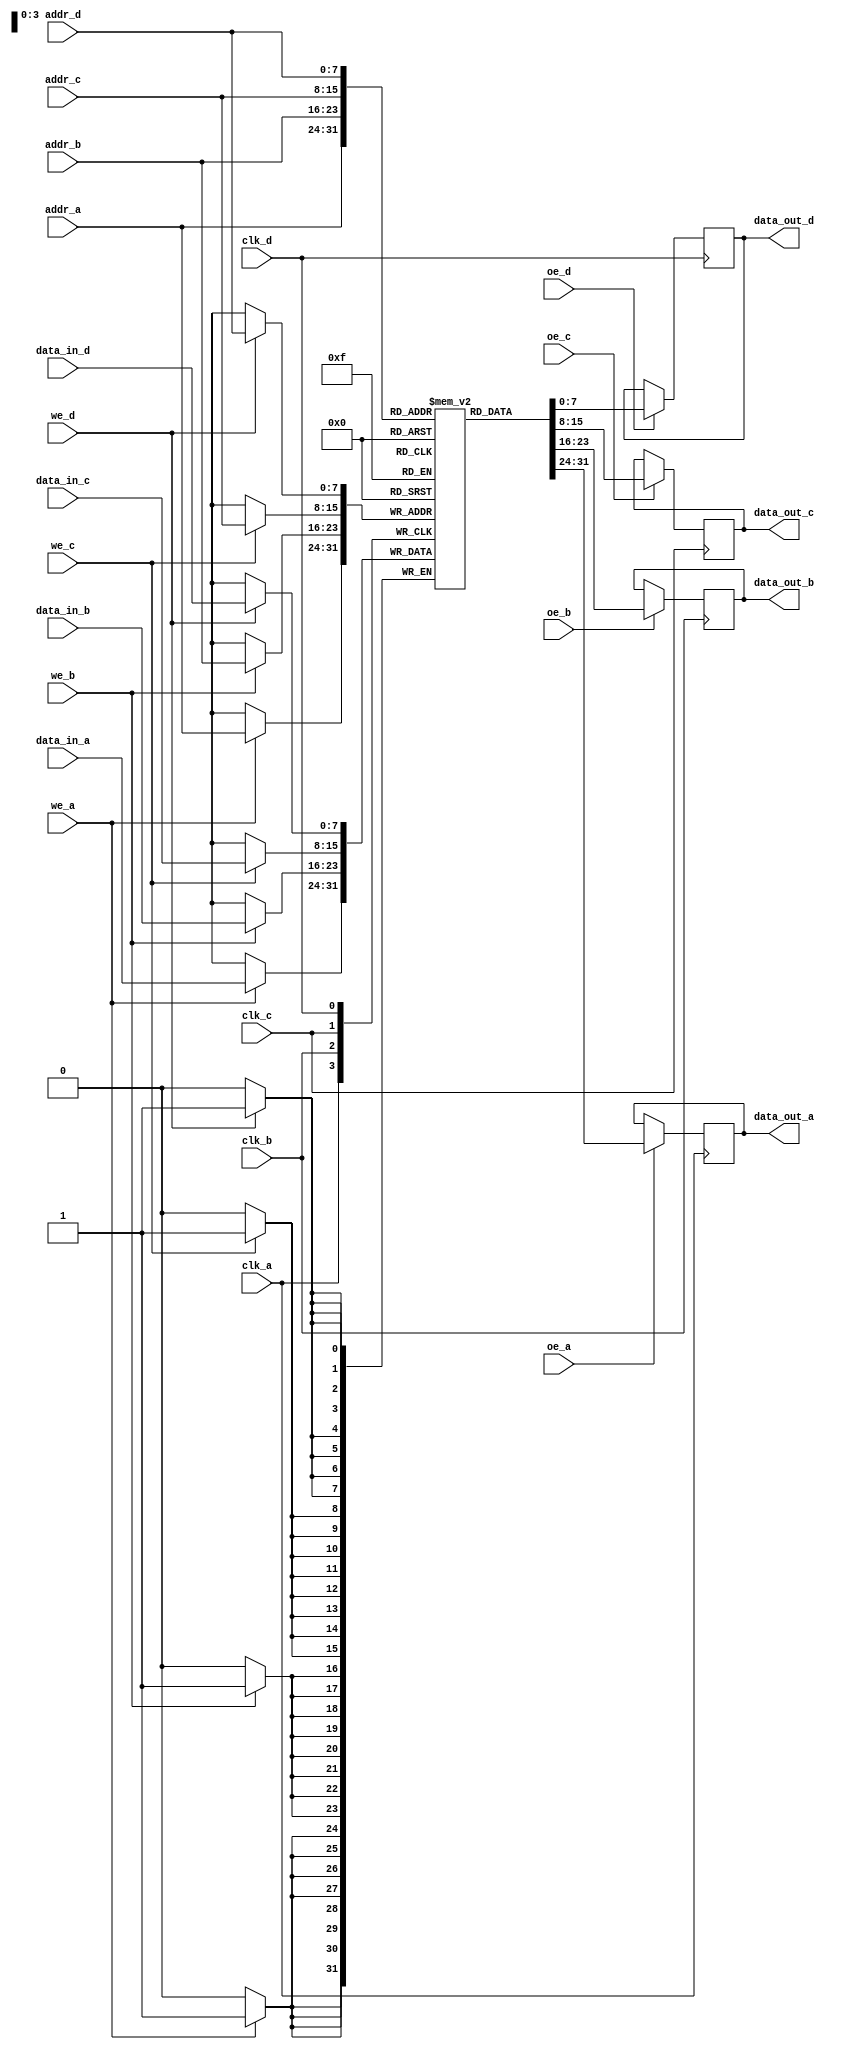
module quad_port_sram #(
    parameter NUM_ROWS = 256,  // Number of memory rows
    parameter NUM_COLS = 8      // Number of bits per memory location
) (
    // Port A
    input  wire [7:0] addr_a,
    input  wire [NUM_COLS-1:0] data_in_a,
    output reg  [NUM_COLS-1:0] data_out_a,
    input  wire we_a,
    input  wire oe_a,
    input  wire clk_a,

    // Port B
    input  wire [7:0] addr_b,
    input  wire [NUM_COLS-1:0] data_in_b,
    output reg  [NUM_COLS-1:0] data_out_b,
    input  wire we_b,
    input  wire oe_b,
    input  wire clk_b,

    // Port C
    input  wire [7:0] addr_c,
    input  wire [NUM_COLS-1:0] data_in_c,
    output reg  [NUM_COLS-1:0] data_out_c,
    input  wire we_c,
    input  wire oe_c,
    input  wire clk_c,

    // Port D
    input  wire [7:0] addr_d,
    input  wire [NUM_COLS-1:0] data_in_d,
    output reg  [NUM_COLS-1:0] data_out_d,
    input  wire we_d,
    input  wire oe_d,
    input  wire clk_d
);

    // Memory array declaration
    reg [NUM_COLS-1:0] memory [0:NUM_ROWS-1];

    // Port A Logic
    always @(posedge clk_a) begin
        if (we_a) begin
            memory[addr_a] <= data_in_a;  // Write operation
        end
        if (oe_a) begin
            data_out_a <= memory[addr_a];  // Read operation
        end
    end

    // Port B Logic
    always @(posedge clk_b) begin
        if (we_b) begin
            memory[addr_b] <= data_in_b;  // Write operation
        end
        if (oe_b) begin
            data_out_b <= memory[addr_b];  // Read operation
        end
    end

    // Port C Logic
    always @(posedge clk_c) begin
        if (we_c) begin
            memory[addr_c] <= data_in_c;  // Write operation
        end
        if (oe_c) begin
            data_out_c <= memory[addr_c];  // Read operation
        end
    end

    // Port D Logic
    always @(posedge clk_d) begin
        if (we_d) begin
            memory[addr_d] <= data_in_d;  // Write operation
        end
        if (oe_d) begin
            data_out_d <= memory[addr_d];  // Read operation
        end
    end

endmodule